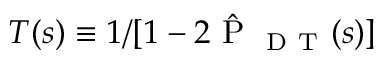
T ( s ) \equiv 1 / [ 1 - 2 \hat { \mathrm { ~ P ~ } } _ { \mathrm { ~ D ~ T ~ } } ( s ) ]